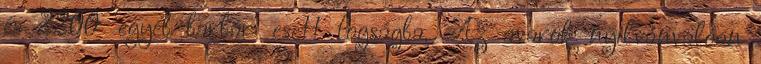
és 2200 'egyéb barbár' esett fogságba. Az avarok nyilvánvalóan